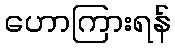
ဟောကြားရန်